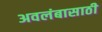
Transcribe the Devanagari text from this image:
अवलंबासाठी